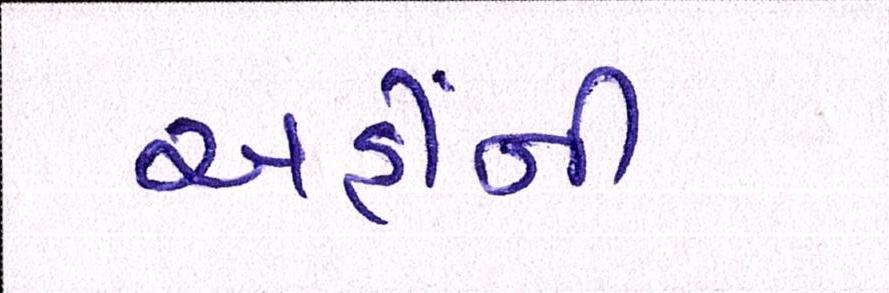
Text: અહીંની